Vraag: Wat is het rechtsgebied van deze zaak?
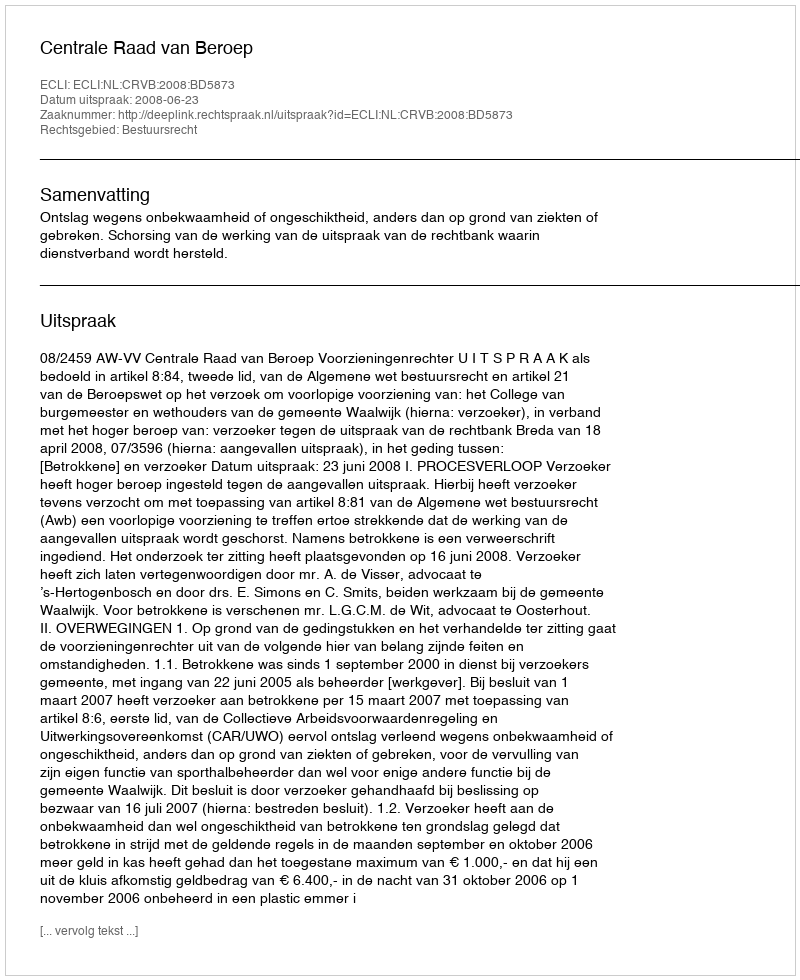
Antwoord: Bestuursrecht